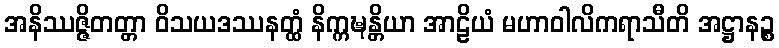
အနိဿဇ္ဇိတတ္တာ ဝိသယဒဿနတ္ထံ နိက္ကဍ္ဎန္တိယာ အာဠိယံ မဟာဝါလိကရာသီတိ အဋ္ဌာနဉ္စ